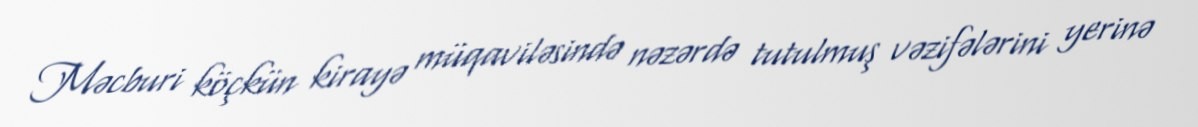
Məcburi köçkün kirayə müqaviləsində nəzərdə tutulmuş vəzifələrini yerinə